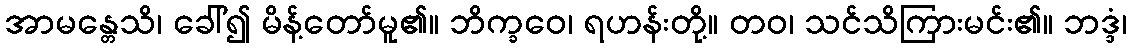
အာမန္တေသိ၊ ခေါ်၍ မိန့်တော်မူ၏။ ဘိက္ခဝေ၊ ရဟန်းတို့။ တဝ၊ သင်သိကြားမင်း၏။ ဘဒ္ဒံ၊